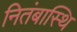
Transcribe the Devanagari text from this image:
नितंबास्थि